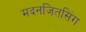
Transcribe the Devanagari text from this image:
मदनजितसिंग